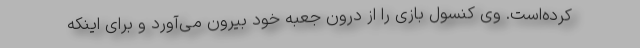
کرده‌است. وی کنسول بازی را از درون جعبه خود بیرون می‌آورد و برای اینکه